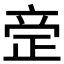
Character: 𰙪